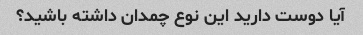
آیا دوست دارید این نوع چمدان داشته باشید؟